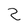
Character: Z